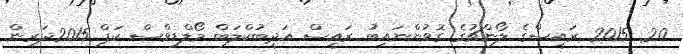
20